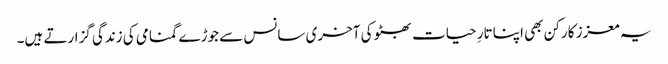
یہ معزز کارکن بھی اپنا تارِ حیات بھٹو کی آخری سانس سے جوڑے گمنامی کی زندگی گزارتے ہیں۔